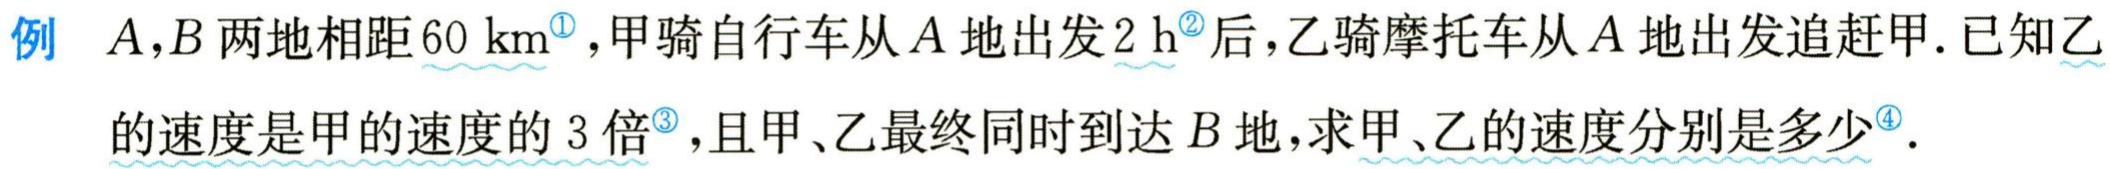
例 \(A,B\)两地相距\(60\mathrm{km}\)，甲骑自行车从\(A\)地出发\(2\mathrm{h}\)后，乙骑摩托车从\(A\)地出发追赶甲. 已知乙的速度是甲的速度的\(3\)倍，且甲、乙最终同时到达\(B\)地，求甲、乙的速度分别是多少.